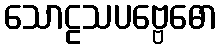
သောဠသပဗ္ဗေဓော